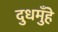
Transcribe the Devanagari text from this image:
दुधमुँहे